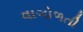
વાગોળતી